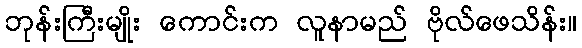
ဘုန်းကြီးမျိုး ကောင်းက လူနာမည် ဗိုလ်ဖေသိန်း။